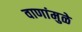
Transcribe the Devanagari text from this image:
वाणांमुळे